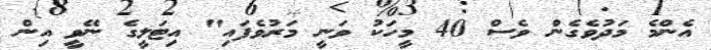
އެންމެ މަދުވެގެން ވެސް 40 މީހަކު ވަނީ މަރުވެފައި" އިޓަލީގެ ނޭވީ އިން